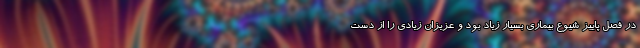
در فصل پاییز شیوع بیماری بسیار زیاد بود و عزیزان زیادی را از دست